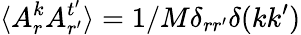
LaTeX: \langle A_{r}^{k}A_{r^{\prime}}^{t^{\prime}}\rangle=1/M\delta_{rr^{\prime}}\delta(kk^{\prime})